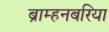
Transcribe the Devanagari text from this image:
ब्राम्हनबरिया